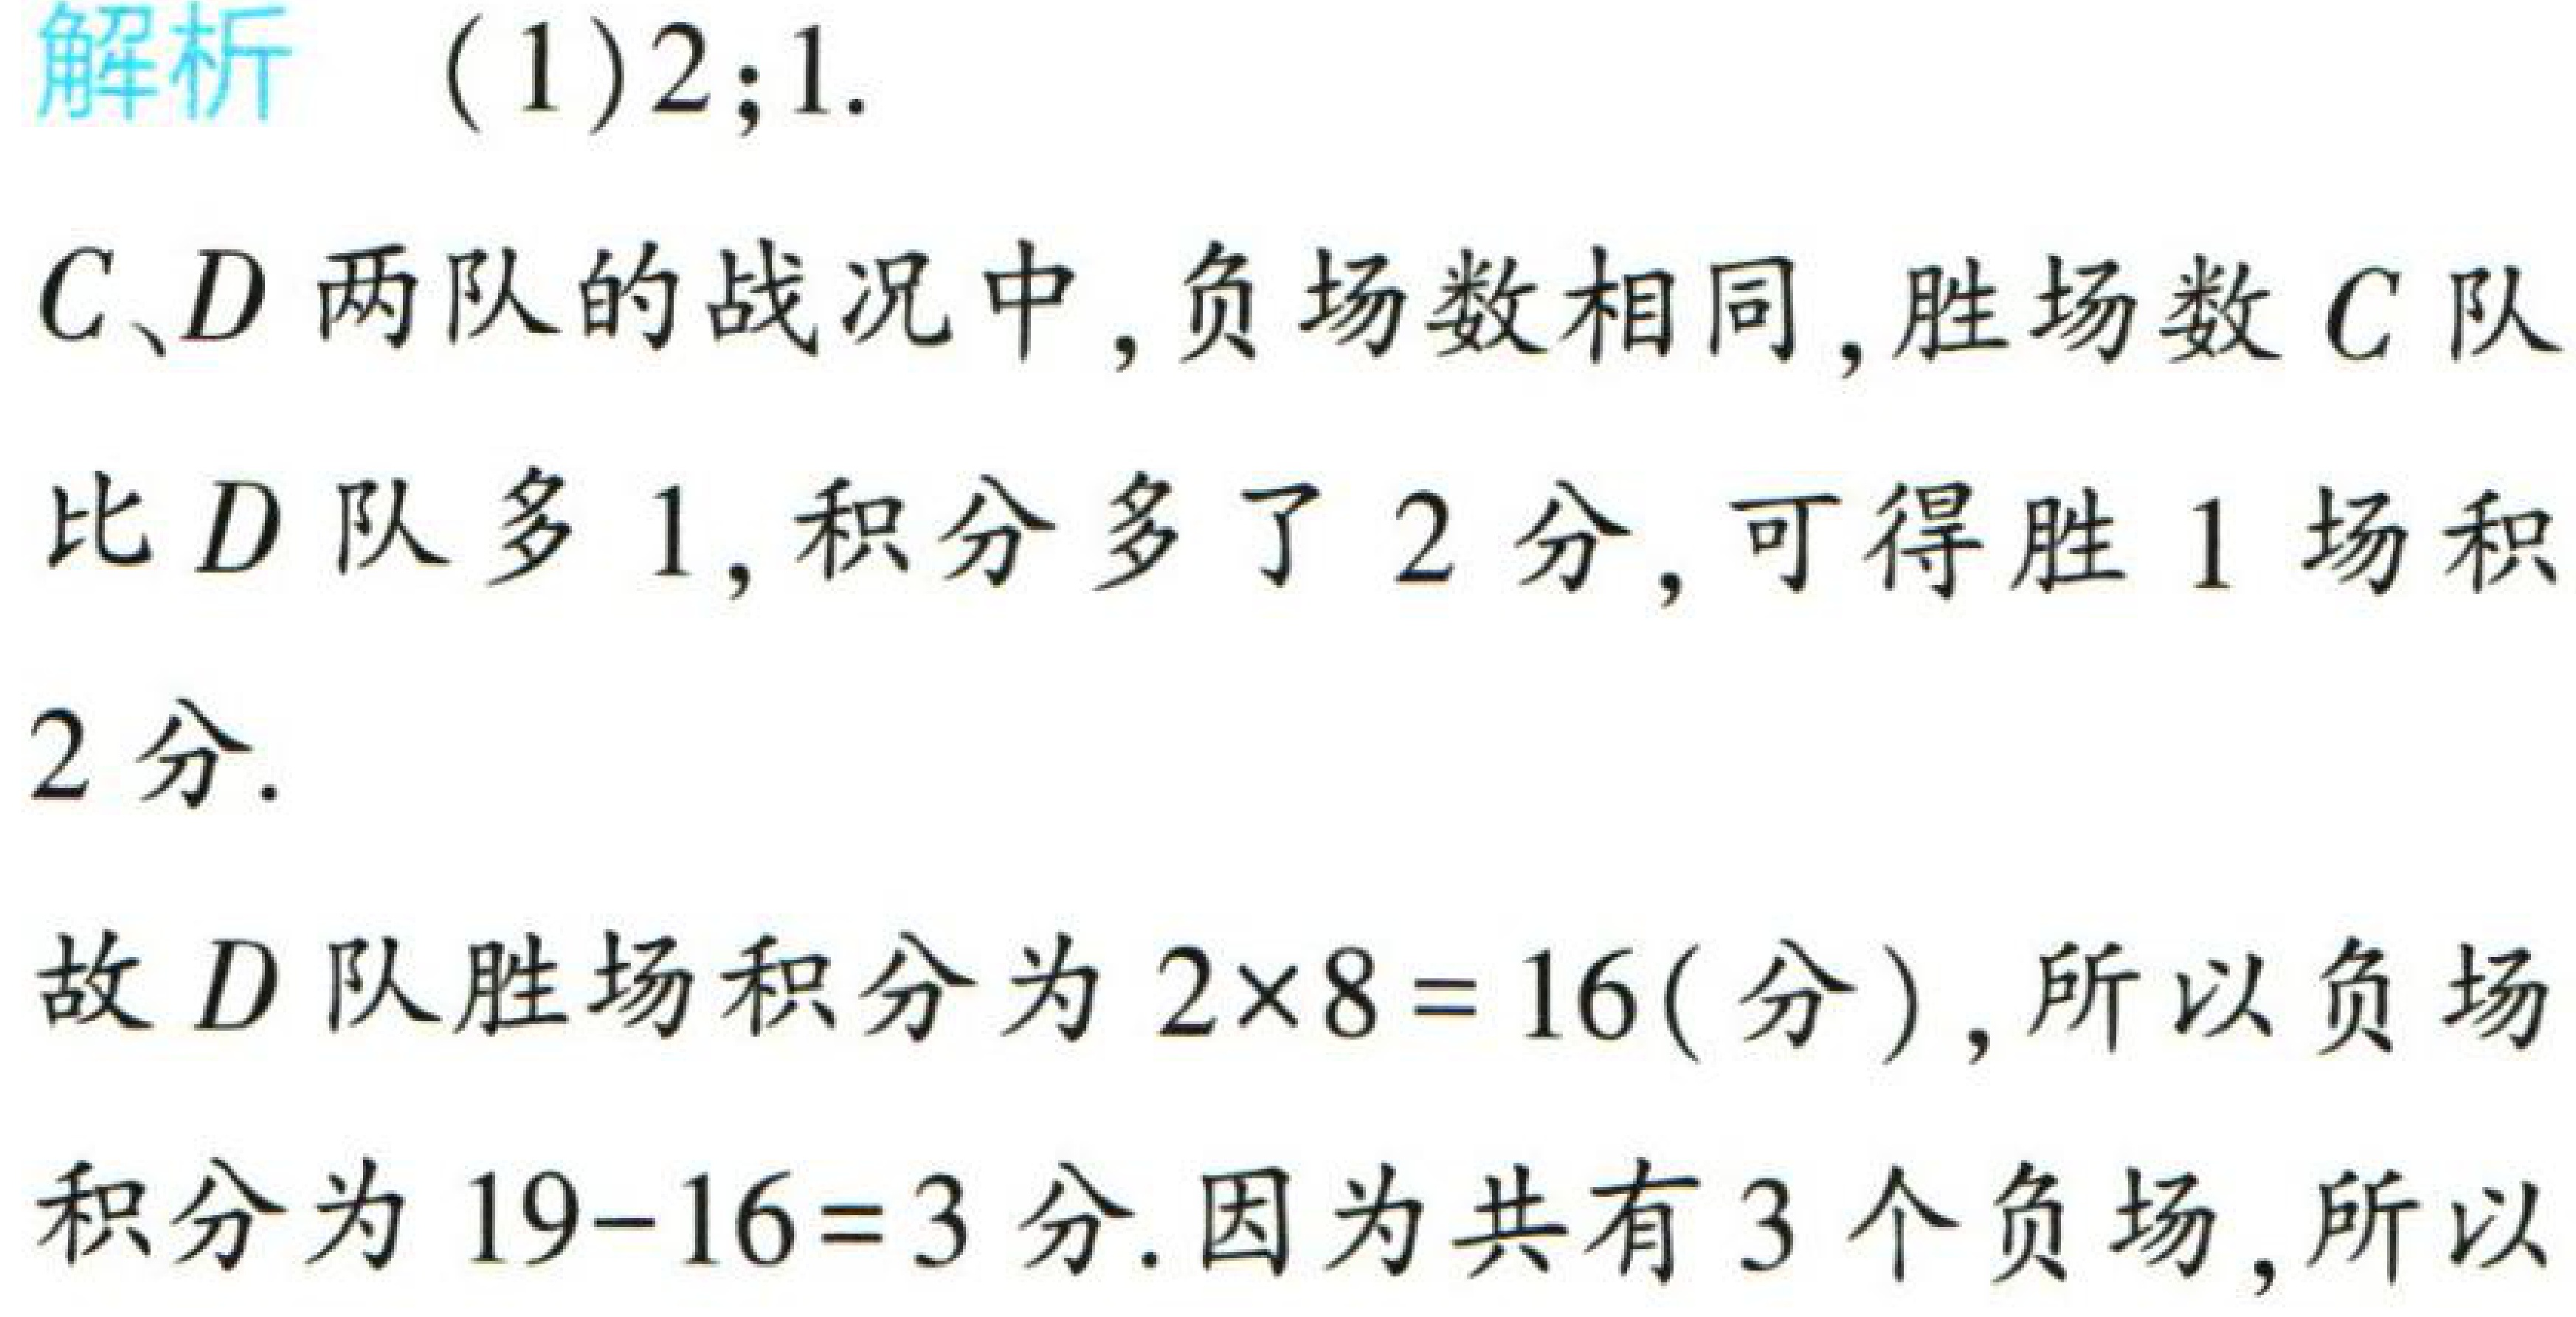
解析 （1）$2;1.$

$C、D$两队的战况中，负场数相同，胜场数$C$队

比$D$队多$1$，积分多了$2$分，可得胜$1$场积

$2$分.

故$D$队胜场积分为$2\times8 = 16$(分)，所以负场

积分为$19 - 16 = 3$分.因为共有$3$个负场，所以